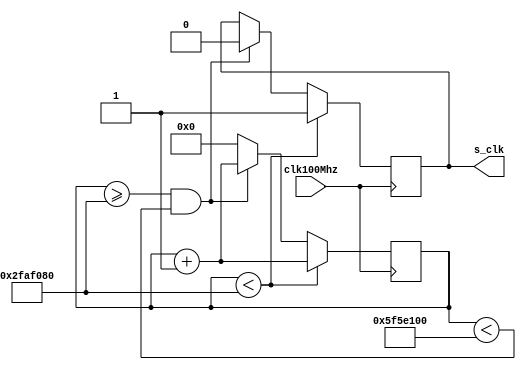
module clk1Hz(clk100Mhz, s_clk);
	input clk100Mhz; //fast clock
	output reg s_clk; //slow clock

	reg[27:0] counter;

	initial begin
		counter = 0;
	end

	always @ (posedge clk100Mhz)
	begin
		counter <= counter + 1; //increment the counter every 10ns (1/100 Mhz) cycle.
		if(counter < 50000000) begin
			s_clk <= 1'b1;
		end
		else if (counter >= 50000000 && counter < 100000000) begin
			s_clk <= 1'b0;
		end
		else begin
			counter <= 0;
		end
	end

endmodule